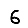
Digit: 6